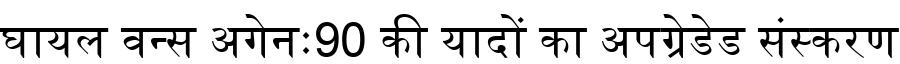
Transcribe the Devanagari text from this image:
घायल वन्स अगेनः90 की यादों का अपग्रेडेड संस्करण